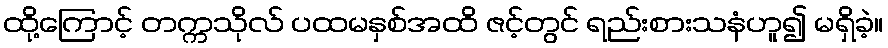
ထို့ကြောင့် တက္ကသိုလ် ပထမနှစ်အထိ ဇင့်တွင် ရည်းစားသနံဟူ၍ မရှိခဲ့။